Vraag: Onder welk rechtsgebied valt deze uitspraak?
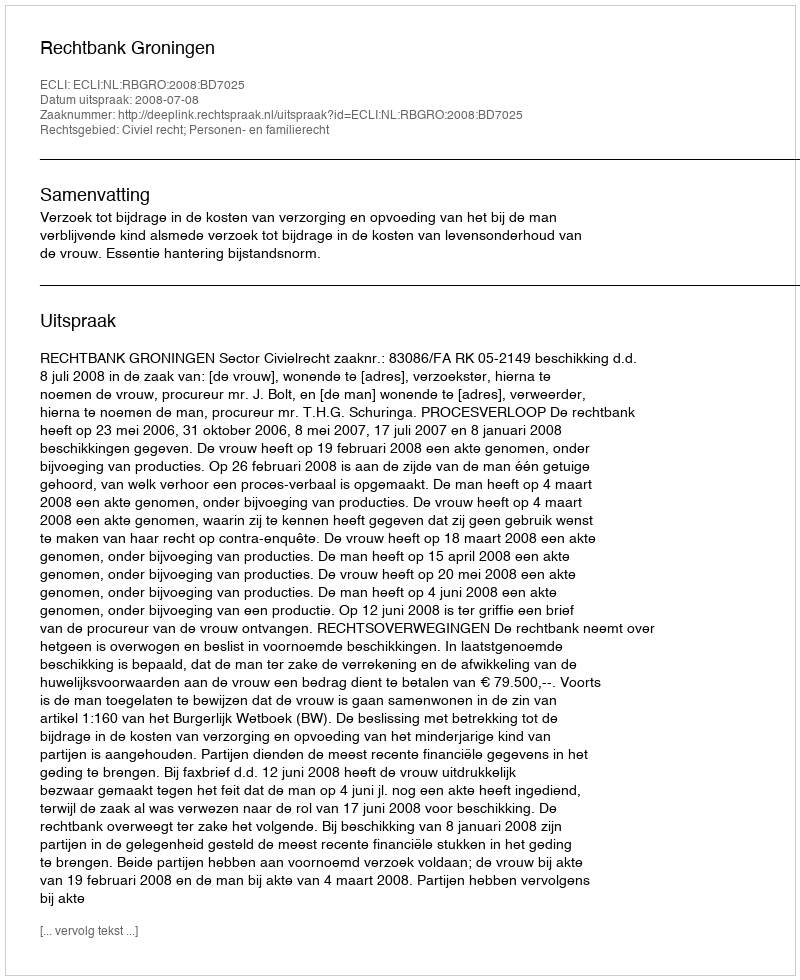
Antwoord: Civiel recht; Personen- en familierecht